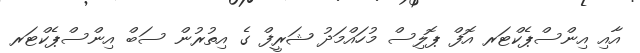
އާއި އިންސްޕެކްޓަރ އޮފް ޕޮލިސް މުހައްމަދު ޝަރީފް ގެ އިތުރުން ސަބް އިންސްޕެކްޓަރ